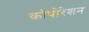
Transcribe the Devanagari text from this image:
कॉपोरेशन